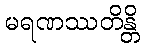
မရဏဿတိန္တိ